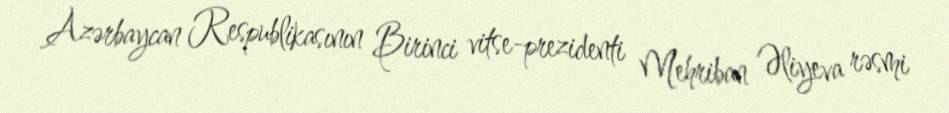
Azərbaycan Respublikasının Birinci vitse-prezidenti Mehriban Əliyeva rəsmi